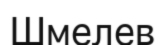
Шмелев